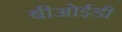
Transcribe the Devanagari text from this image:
बीओईडी